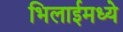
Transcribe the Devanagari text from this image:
भिलाईमध्ये